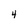
Character: 4